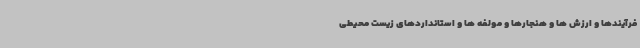
فرآیندها و ارزش ها و هنجارها و مولفه ها و استانداردهای زیست محیطی